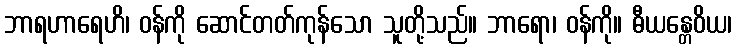
ဘာရဟာရေဟိ၊ ဝန်ကို ဆောင်တတ်ကုန်သော သူတို့သည်။ ဘာရော၊ ဝန်ကို။ ဓီယန္တေဝိယ၊